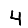
Digit: 4